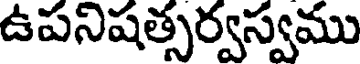
ఉపనిషత్సర్వస్వము